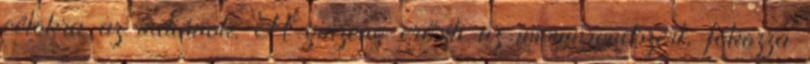
célokra az indiánok. A ginzeng erősíti az immunrendszert, fokozza